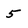
Character: 5